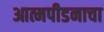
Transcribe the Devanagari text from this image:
आत्मपीडनाचा